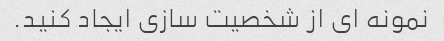
نمونه ای از شخصیت سازی ایجاد کنید.